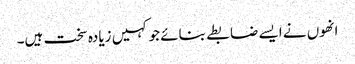
انھوں نے ایسے ضابطے بنائے جو کہیں زیادہ سخت ہیں۔